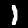
Label: 1